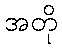
အတို